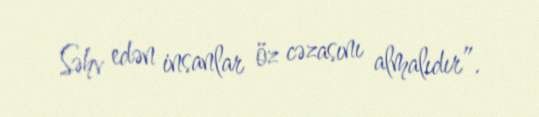
Səhv edən insanlar öz cəzasını almalıdır”.